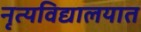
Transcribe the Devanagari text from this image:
नृत्यविद्यालयात